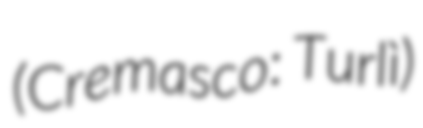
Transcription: (Cremasco: Turlì)